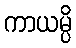
ကာယမ္ပိ